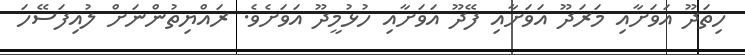
ހިތަދޫ އަވަށާއި މަރަދޫ އަވަށާއި ފޭދޫ އަވަށާއި ހުޅުމީދޫ އަވަށެވެ. ރައްޔިތުންނަށް ލުއިފަސޭހަ